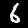
Digit: 6